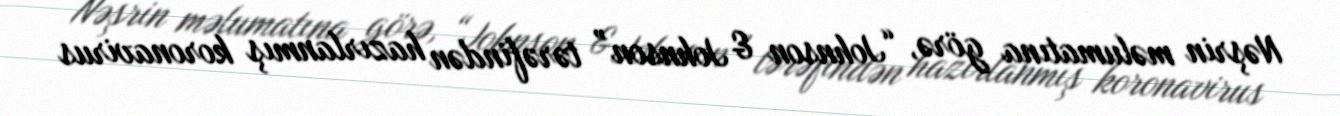
Nəşrin məlumatına görə, “Johnson & Johnson” tərəfindən hazırlanmış koronavirus